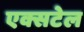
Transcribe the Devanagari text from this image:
एक्सटेल